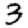
Digit: 3